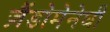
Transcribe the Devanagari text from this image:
ज़ैंडोमेनेघी